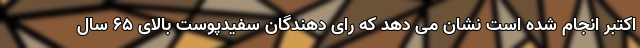
اکتبر انجام شده است نشان می دهد که رای دهندگان سفیدپوست بالای ۶۵ سال